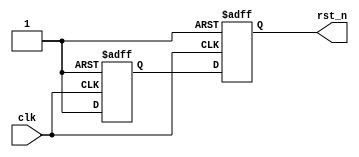
module reset_n( //Asynchronous reset synchronous release  
    clk    ,
    rst_n
    );

    input clk;

    output reg rst_n;

    reg       rst0;

    wire      sys_rst_n;

    assign sys_rst_n = 1'b1;

    always  @(posedge clk or negedge sys_rst_n)begin
        if(sys_rst_n==1'b0)begin
            rst0  <= 1'b0;
            rst_n <= 1'b0;
        end
        else begin
            rst0  <= 1'b1;
            rst_n <= rst0;
        end
    end

    initial begin   //Modelsim reset initialization
        rst0  = 1'b0;
        rst_n = 1'b0;
    end

    endmodule